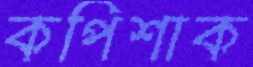
কপিশাক